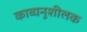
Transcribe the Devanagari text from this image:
काव्यनुशीलक